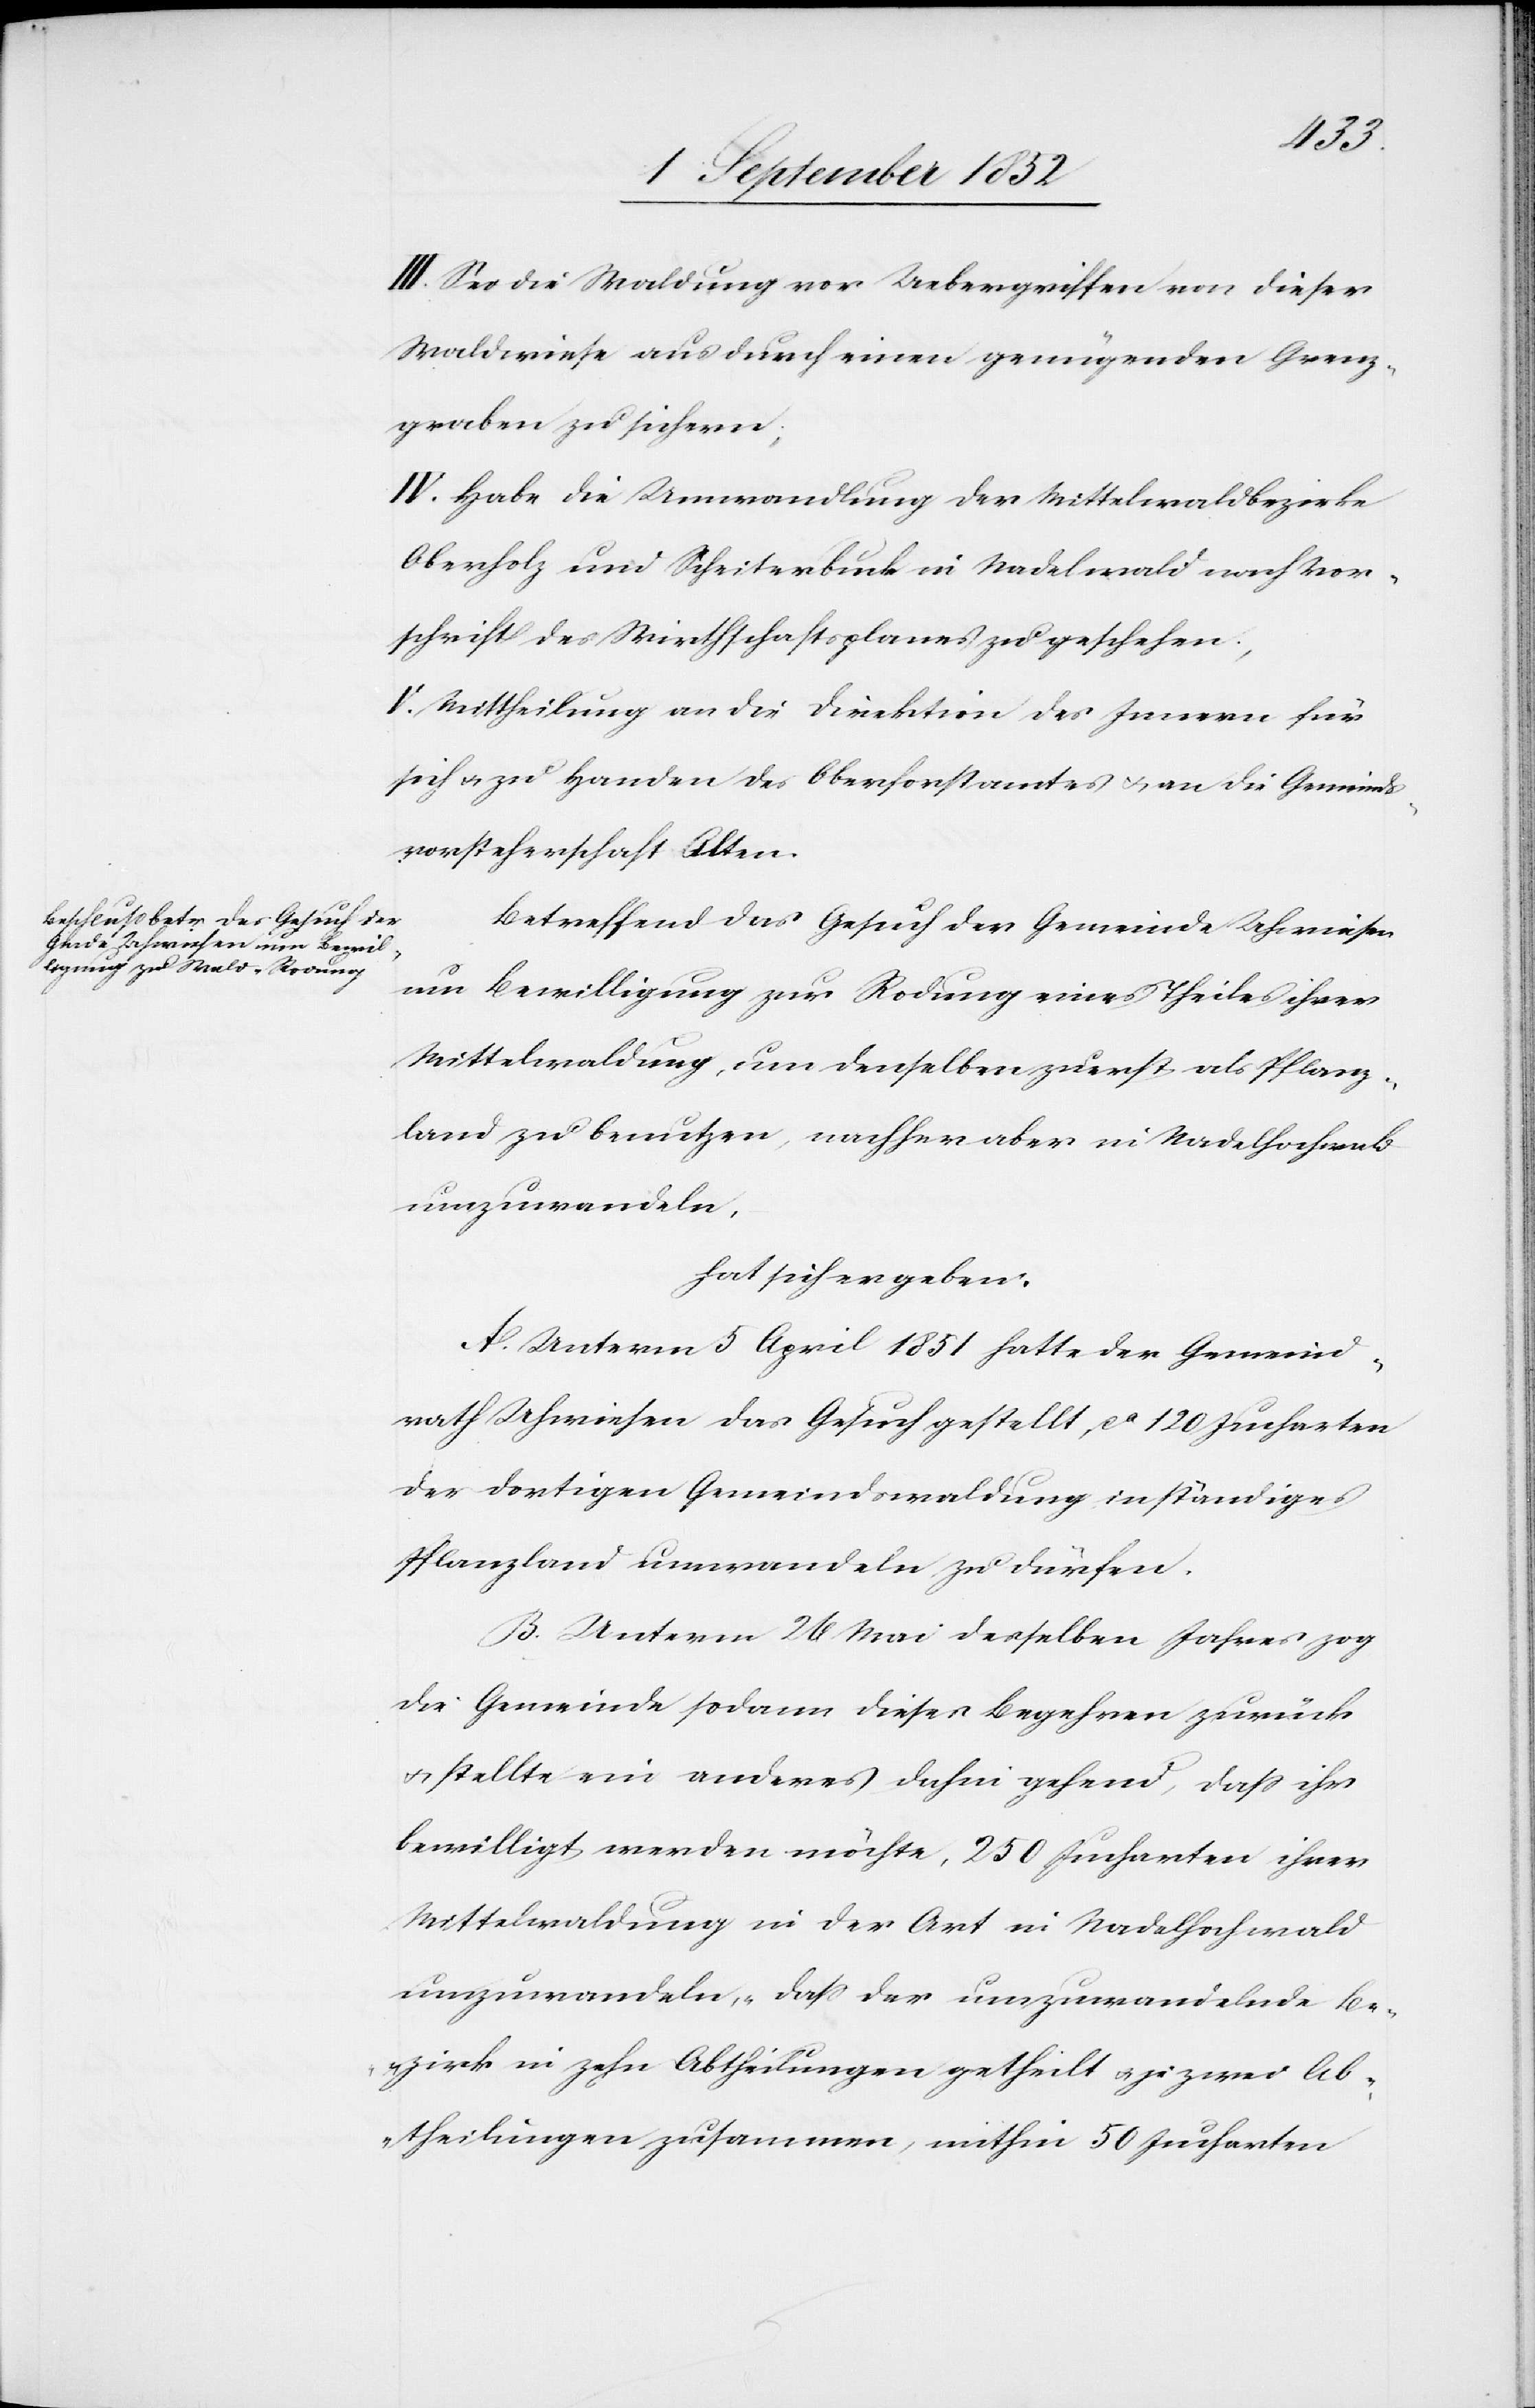
III. Sei die Waldung vor Uebergriffen von dieser
Waldwiese aus durch einen genügenden Grenz¬
graben zu sichern;
IV. Habe die Umwandlung der Mittelwaldbezirke
Oberholz und Scheiterbuck in Nadelwald nach Vor¬
schrift des Wirthschaftsplanes zu geschehen;
V. Mittheilung an die Direktion des Innern für
sich & zu Handen des Oberforstamtes & an die Gemeinds¬
vorsteherschaft Alten.
Betreffend das Gesuch der Gemeinde Uhwiesen
um Bewilligung zur Rodung eines Theiles ihrer
Mittelwaldung, um denselben zuerst als Pflanz¬
land zu benutzen, nachher aber in Nadelhochwald
umzuwandeln,
hat sich ergeben:
A. Unterm 5 April 1851 hatte der Gemeind¬
rath Uhwiesen das Gesuch gestellt, ca 120 Jucharten
der dortigen Gemeindswaldung in ständiges
Pflanzland umwandeln zu dürfen.
B. Unterm 26 Mai desselben Jahres zog
die Gemeinde sodann dieses Begehren zurück
& stellte ein anderes dahin gehend, dass ihr
bewilligt werden möchte, 250 Jucharten ihrer
Mittelwaldung in der Art in Nadelhochwald
umzuwandeln, „dass der umzuwandelnde Be¬
zirk in zehn Abtheilungen getheilt & je zwei Ab¬
theilungen zusammen, mithin 50 Jucharten